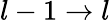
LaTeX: l-1\rightarrow l